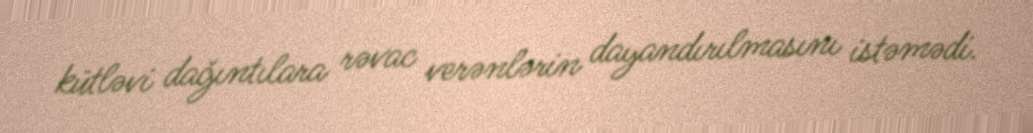
kütləvi dağıntılara rəvac verənlərin dayandırılmasını istəmədi.